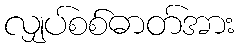
လျှပ်စစ်ဓာတ်အား